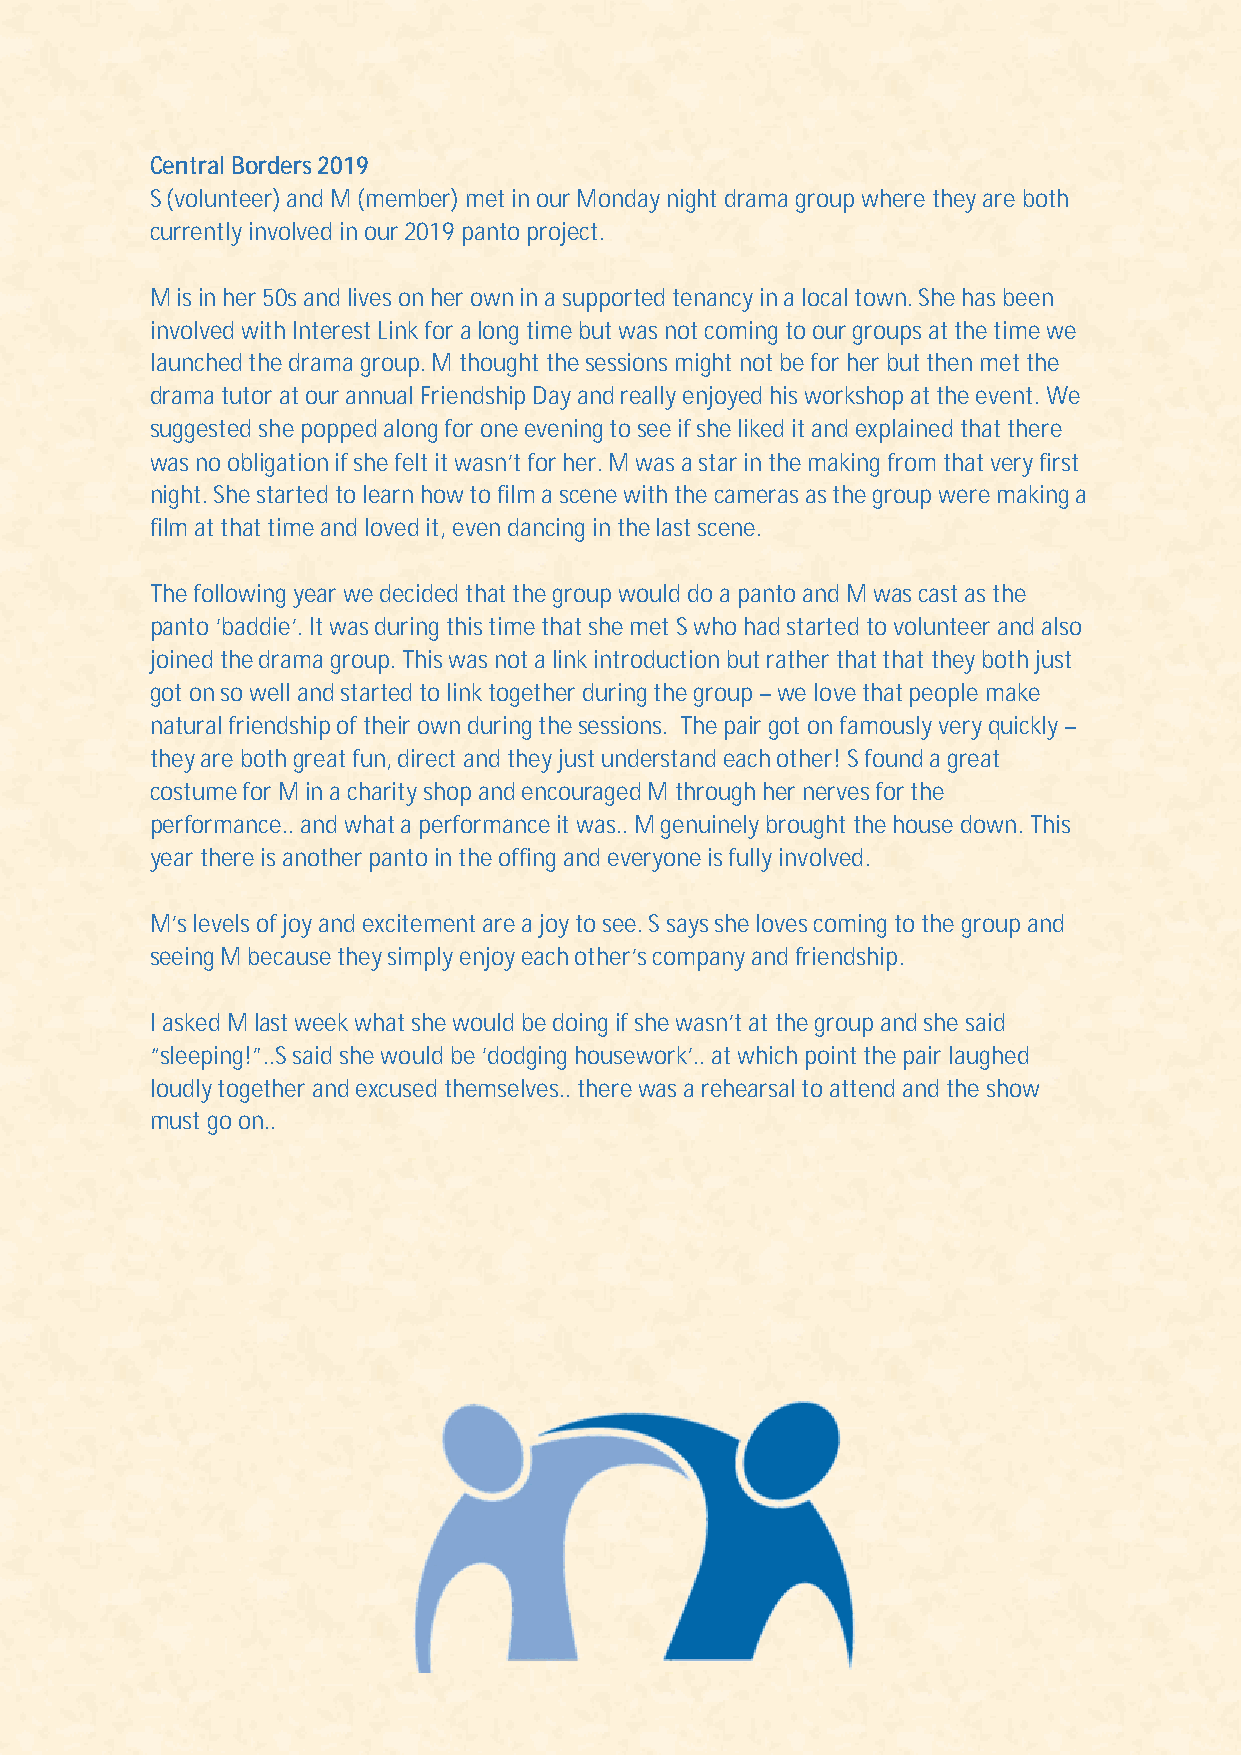
Central Borders 2019
 S (volunteer) and M (member) met in our Monday night drama group where they are both
 currently involved in our 2019 panto project.
 M is in her 50s and lives on her own in a supported tenancy in a local town. She has been
 involved with Interest Link for a long time but was not coming to our groups at the time we
 launched the drama group. M thought the sessions might not be for her but then met the
 drama tutor at our annual Friendship Day and really enjoyed his workshop at the event. We
 suggested she popped along for one evening to see if she liked it and explained that there
 was no obligation if she felt it wasn’t for her. M was a star in the making from that very first
 night. She started to learn how to film a scene with the cameras as the group were making a
 film at that time and loved it, even dancing in the last scene.
 The following year we decided that the group would do a panto and M was cast as the
 panto ‘baddie’. It was during this time that she met S who had started to volunteer and also
 joined the drama group. This was not a link introduction but rather that that they both just
 got on so well and started to link together during the group – we love that people make
 natural friendship of their own during the sessions. The pair got on famously very quickly –
 they are both great fun, direct and they just understand each other! S found a great
 costume for M in a charity shop and encouraged M through her nerves for the
 performance.. and what a performance it was.. M genuinely brought the house down. This
 year there is another panto in the offing and everyone is fully involved.
 M’s levels of joy and excitement are a joy to see. S says she loves coming to the group and
 seeing M because they simply enjoy each other’s company and friendship.
 I asked M last week what she would be doing if she wasn’t at the group and she said
 “sleeping!”..S said she would be ‘dodging housework’.. at which point the pair laughed
 loudly together and excused themselves.. there was a rehearsal to attend and the show
 must go on..